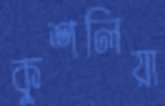
কুশলিয়া